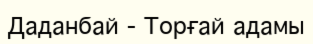
Даданбай - Торғай адамы